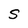
Character: S